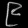
Digit: ၉